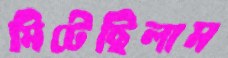
মিটেছিলাম